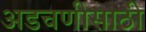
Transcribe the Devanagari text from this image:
अडचणीसाठी